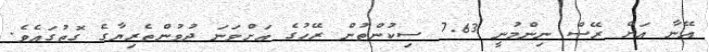
އޭނާ އަށް ރޭސް ނިންމުނީ 7.63 ސިކުންތުން ރޭހުގެ އަށްވަނަ ދުވުންތެރިޔާގެ ގޮތުގައެވެ.